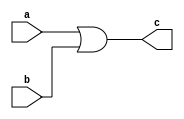
// =============================================================================
// Company      : University of Glasgow
// 
// Design Name  : 
// Module Name  : ui_add (Unsigned Integer Add)
// Project Name : TyTra
// Target Devices: Stratix V (D5/D8) 
//
// Tool versions: 
// Dependencies : 
//
// Revision     : 
// Revision 0.01. File Created
// 
// =============================================================================

// =============================================================================
// General Description
// -----------------------------------------------------------------------------
// A bit-wise N-bit or-er
// 
// NOTE: Output bit-width is same as inputs, and there is no overflow
// detection
//==============================================================================

module orModule
#(
// =============================================================================
// ** Parameters 
// =============================================================================
// Size of word (parent should over-write this if needeD)
  parameter N = 18 
)

(
// =============================================================================
// ** Ports 
// =============================================================================
  output reg  [N-1:0] c,
  input       [N-1:0] a,
  input       [N-1:0] b
);

// =============================================================================
// ** Procedures and assignments
// =============================================================================
always @(*)
begin
  c = a | b; 
end

endmodule